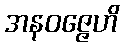
အနဝဇ္ဇေဟိ